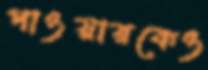
পাওয়ারকেও